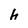
Character: h